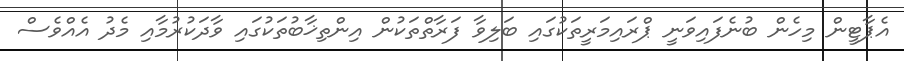
އެޕާޓީން މިހެން ބުނެފައިވަނީ ޕްރައިމަރީތަކުގައި ބަލިވާ ފަރާތްތަކުން އިންތިޚާބުތަކުގައި ވާދަކުރުމާއި މެދު އެއްވެސް